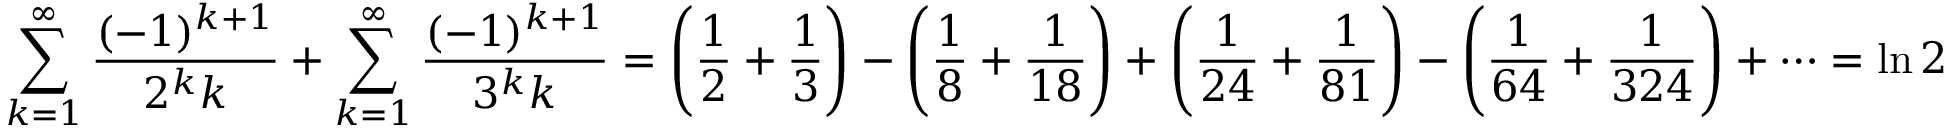
\sum _ { k = 1 } ^ { \infty } { \frac { ( - 1 ) ^ { k + 1 } } { 2 ^ { k } k } } + \sum _ { k = 1 } ^ { \infty } { \frac { ( - 1 ) ^ { k + 1 } } { 3 ^ { k } k } } = { \Bigg ( } { \frac { 1 } { 2 } } + { \frac { 1 } { 3 } } { \Bigg ) } - { \Bigg ( } { \frac { 1 } { 8 } } + { \frac { 1 } { 1 8 } } { \Bigg ) } + { \Bigg ( } { \frac { 1 } { 2 4 } } + { \frac { 1 } { 8 1 } } { \Bigg ) } - { \Bigg ( } { \frac { 1 } { 6 4 } } + { \frac { 1 } { 3 2 4 } } { \Bigg ) } + \cdots = \ln 2